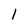
Character: l